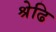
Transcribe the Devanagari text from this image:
श्रेढि